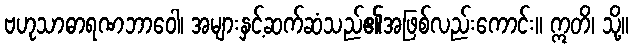
ဗဟုသာဓာရဏဘာဝေါ၊ အများနှင့်ဆက်ဆံသည်၏အဖြစ်လည်းကောင်း။ ဣတိ၊ သို့။